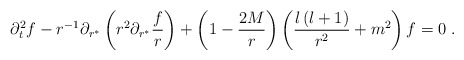
\begin{align*}\partial_t^2f-r^{-1}\partial_{r^*}\left(r^2\partial_{r^*}{f\over r}\right)+\left(1-{2M\over r}\right)\left(\frac{l\left(l+1\right)}{r^2}+m^2\right)f=0\;.\end{align*}